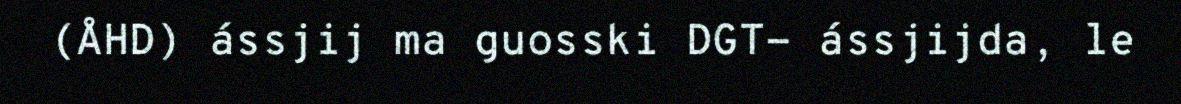
(ÅHD) ássjij ma guosski DGT- ássjijda, le